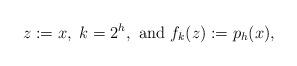
LaTeX: \begin{align*}z:=x,~k=2^h,~{\rm and}~f_k(z):=p_h(x),\end{align*}